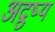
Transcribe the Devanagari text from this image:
अद्रुष्य